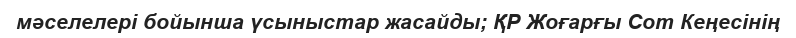
мәселелері бойынша үсыныстар жасайды; ҚР Жоғарғы Сот Кеңесінің